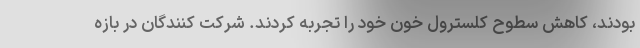
بودند، کاهش سطوح کلسترول خون خود را تجربه کردند. شرکت کنندگان در بازه